Insane asylums in Bengal annual reports 1867-1875 - 1867-1875
Year: 1867
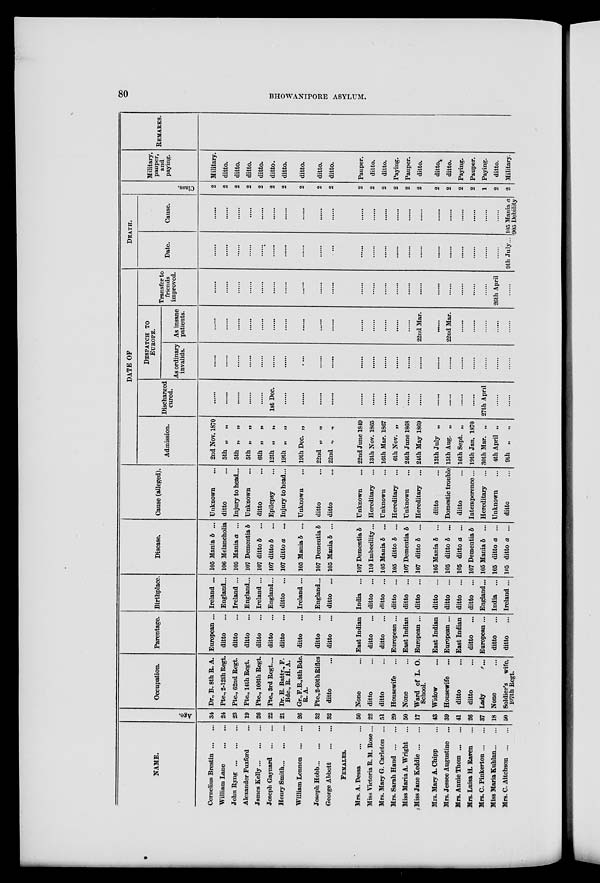
80
BHOWANIPORE ASYLUM.
NAME.
Cornelius Brestin ... ...
William Lane
...
...
John Ryng ... ... ...
Alexander Fuxford ...
James Kelly
...
...
Joseph Gaynard
...
...
Henry Smith ... ... ...
William Lennon ... ...
Joseph Hobb ... ... ...
George Abbott
...
...
FEMALES.
Mrs. A. Dessa
...
...
Miss Victoria R. M. Rose ...
Mrs. Mary G. Carleton ...
Mrs. Sarah Hand ... ...
Miss Maria A. Wright ...
Miss Jane Keddie ... ...
Mrs. Mary A. Chipp ...
Mrs. Jessee Augustine ...
Mrs. Annie Thom ... ...
Mrs. Luisa H. Raven ...
Mrs. C. Pinkerton ... ...
Miss Maria Kuhlan ... ...
Mrs. C. Aitchson ... ...
Age.
34
24
23
19
26
22
21
26
32
32
50
22
51
29
50
17
43
39
41
26
37
18
50
Occupation.
Dr., B. 8th R. A.
Pte., 2-12th Regt.
Pte., 62nd Regt.
Pte., 14th Regt.
Pte., 106th Regt.
Pte., 3rd Regt....
Dr. E. Batty., F.
Bde., R. H. A.
Gr.,F.B.,8th Bde.
R.A.
Pte., 2-60th Rifles
ditto ...
None ...
ditto ...
ditto ...
Housewife ...
None ...
Ward of L. O.
School.
Widow ...
Housewife ...
ditto ...
ditto ...
Lady ...
None ...
Soldier's wife,
107th Regt.
Parentage.
European ...
ditto ...
ditto ...
ditto ...
ditto ...
ditto ...
ditto ...
ditto ...
ditto ...
ditto ...
East Indian
ditto ...
ditto ...
European ...
East Indian
European ...
East Indian
European ...
East Indian
ditto ...
European ...
ditto ...
ditto ...
Birthplace.
Ireland ...
England...
Ireland ...
England...
Ireland ...
England...
ditto ...
Ireland ...
England...
ditto ...
India ...
ditto ...
ditto ...
ditto ...
ditto ...
ditto ...
ditto ...
ditto ...
ditto ...
ditto ...
England...
India ...
Ireland ...
Disease.
105 Mania b ...
106 Melancholia
105 Mania a ...
107 Dementia b
107 ditto b ...
107 ditto b
...
107 ditto a ...
105 Mania b ...
107 Dementia b
105 Mania b ...
107 Dementia b
110 Imbecility...
105 Mania b ...
105 ditto b ...
107 Dementia b
107 ditto b ...
105 Mania b ...
105 ditto b ...
105 ditto a ...
107 Dementia b
105 Mania b ...
105 ditto a ...
105 ditto a ...
Cause (alleged).
Unknown ...
ditto ...
Injury to head...
Unknown ...
ditto ...
Epilepsy ...
Injury to head...
Unknown ...
ditto ...
ditto ...
Unknown ...
Hereditary ...
Unknown ...
Hereditary ...
Unknown ...
Hereditary ...
ditto ...
Domestic trouble
ditto ...
Intemperence ...
Hereditary ...
Unknown ...
ditto ...
DATE OF
Admission.
2nd Nov. 1870
5th „
„
5th „
„
5th „
„
6th „
„
12th „
„
19th „
„
19thDec. „
22nd „
„
22nd „ „
22nd June 1849
13th Nov. 1865
16th Mar. 1867
6th Nov. „
24th June 1868
24th May 1869
13th July „
15th Aug. „
16th Sept. „
19thJan. 1870
30th Mar. „
4th April „
9th „
„
Discharged
cured.
......
......
......
......
......
1st Dec.
......
......
......
......
......
......
......
......
......
......
......
......
......
......
27th April
......
......
DESPATCH TO
EUROPE.
As ordinary
invalids.
......
......
......
......
......
......
......
......
......
......
......
......
......
......
......
......
......
......
......
......
......
......
......
As insane
patients.
......
......
......
......
......
......
......
......
......
......
......
......
......
......
......
22nd Mar.
......
22nd Mar.
......
......
......
......
......
Transfer to
friends
improved.
......
......
......
......
......
......
......
......
......
......
......
......
......
......
......
......
......
......
......
......
......
26th April
......
DEATH.
Date.
......
......
......
......
......
......
......
......
......
......
......
......
......
......
......
......
......
......
......
......
......
......
9th July...
Cause.
......
......
......
......
......
......
......
......
......
......
......
......
......
......
......
......
......
......
......
......
......
......
105 Mania a
905 Debility
Class.
2
2
2
2
2
2
2
2
2
2
2
2
2
2
2
2
2
2
2
2
1
2
2
Military,
pauper,
and
paying.
Military.
ditto.
ditto.
ditto.
ditto.
ditto.
ditto.
ditto.
ditto.
ditto.
Pauper.
ditto.
ditto.
Paying.
Pauper.
ditto.
ditto..
ditto.
Paying.
Pauper.
Paying.
ditto.
Military.
REMARKS.